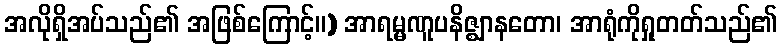
အလိုရှိအပ်သည်၏ အဖြစ်ကြောင့်။) အာရမ္မဏူပနိဇ္ဈာနတော၊ အာရုံကိုရှုတတ်သည်၏